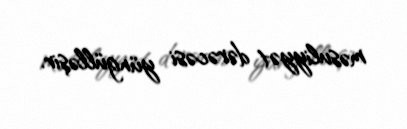
məsuliyyət dərəcəsi yüngülləşir.